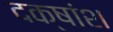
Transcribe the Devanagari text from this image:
दक्षांश